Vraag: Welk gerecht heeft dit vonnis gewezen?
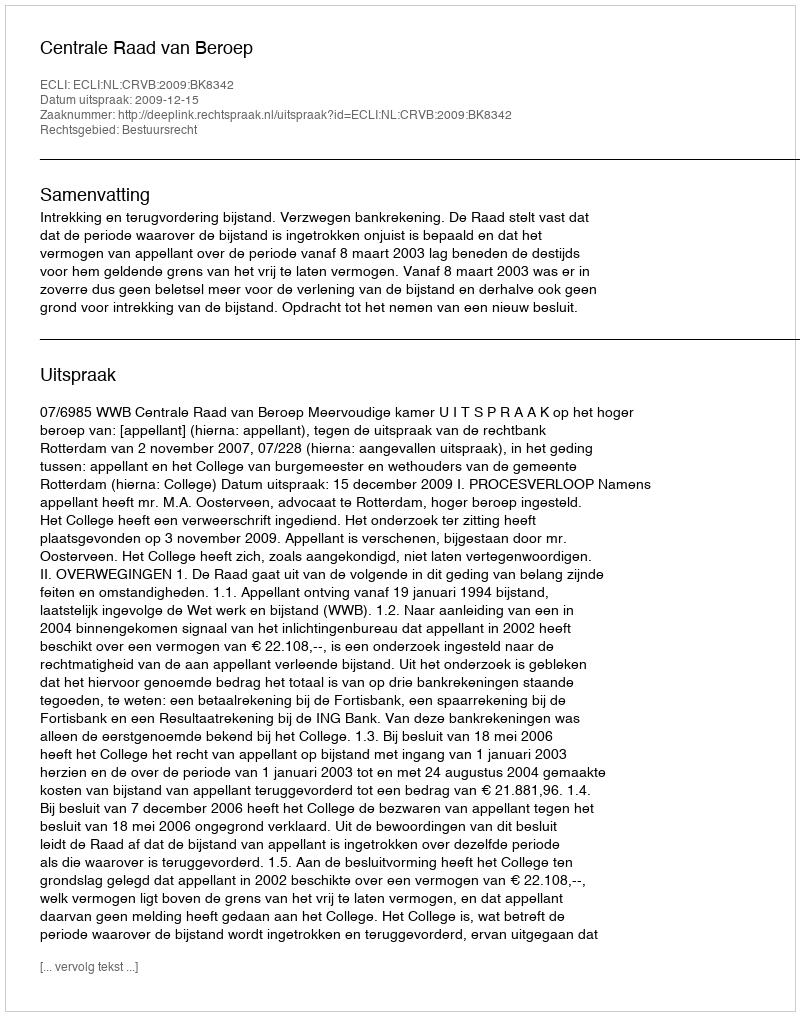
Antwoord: Centrale Raad van Beroep